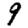
Digit: 9